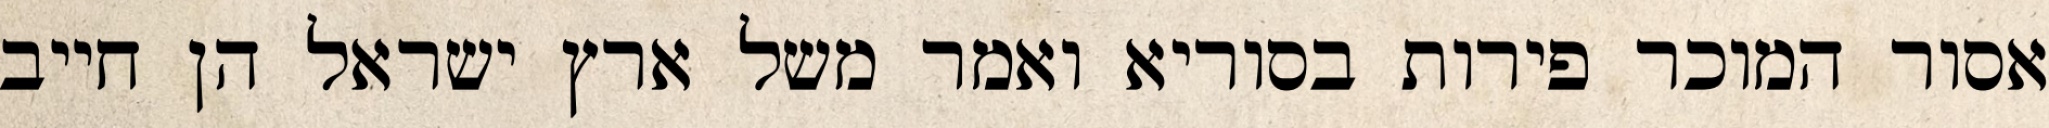
אסור המוכר פירות בסוריא ואמר משל ארץ ישראל הן חייב